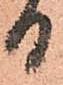
日